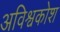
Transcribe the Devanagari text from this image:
अविश्वकोश